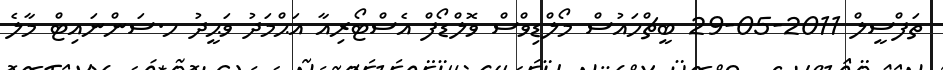
ތަފްސީލް 2011-05-29 ބީޗްހައުސް މޯލްޑިވްސް ވޮލްޑޯފް އެސްޓޯރިއާ އަޙްމަދު ވަޙީދު ހ.ސަންނައިޓް މާލެ